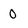
Character: 0